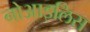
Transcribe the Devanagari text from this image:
नोआइलिस